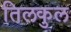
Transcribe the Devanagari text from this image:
तिलकुल